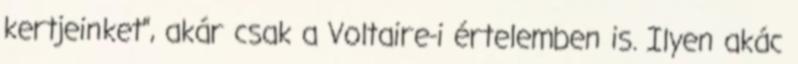
kertjeinket”, akár csak a Voltaire-i értelemben is. Ilyen akác